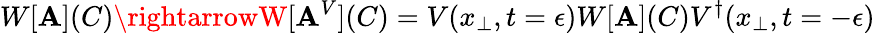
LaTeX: W[\mathbf{A}](C)\rightarrowW[\mathbf{A}^{V}](C)=V(x_{\perp},t=\epsilon)W[\mathbf{A}](C)V^{\dagger}(x_{\perp},t=-\epsilon)